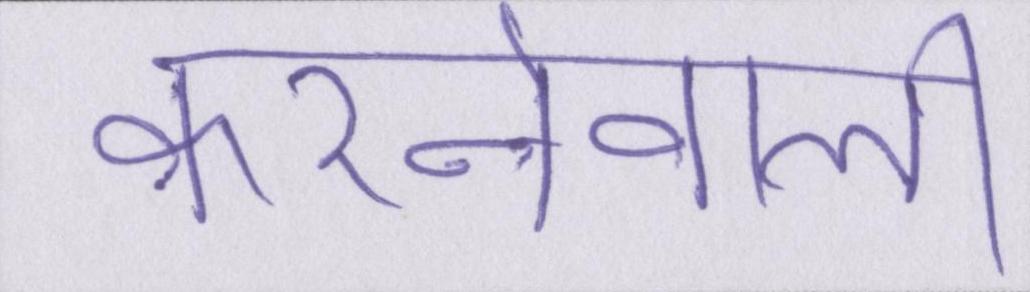
करनेवाली